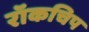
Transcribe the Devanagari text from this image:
रॉकचिप